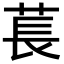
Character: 萇